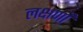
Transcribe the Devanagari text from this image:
लक्षणाँ